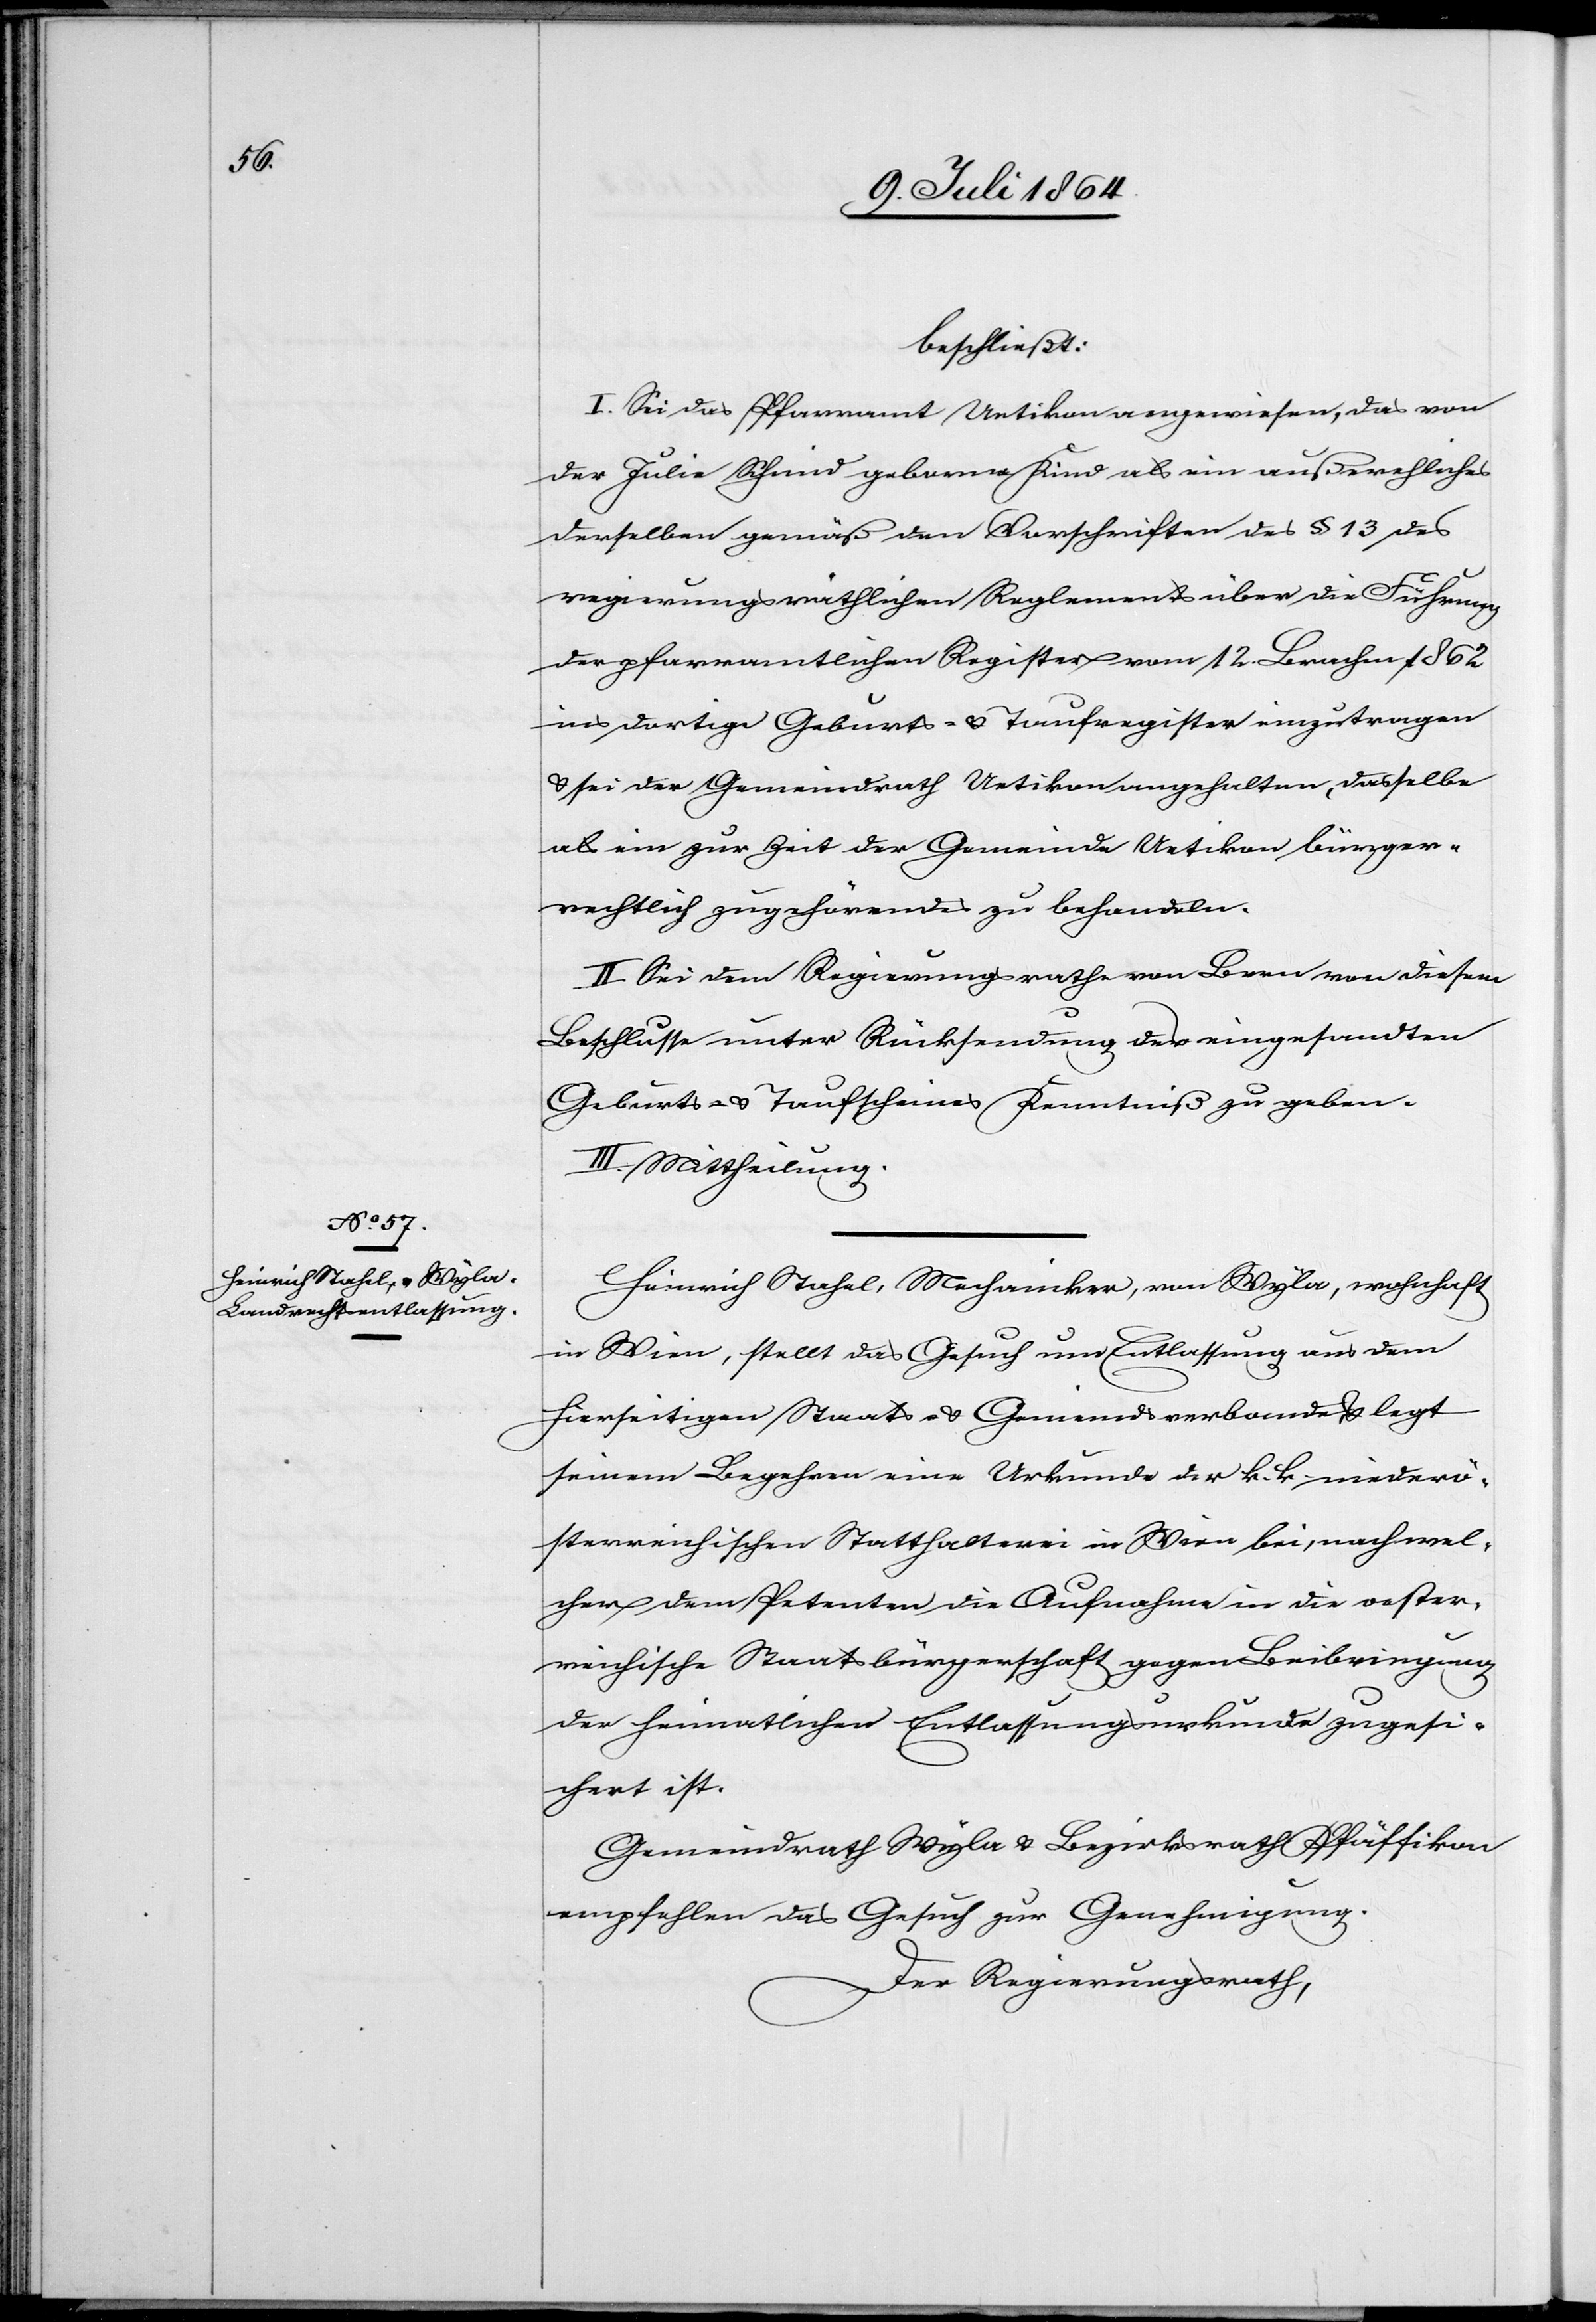
beschließt:
I. Sei das Pfarramt Uetikon angewiesen, das von
der Julie Schmid geborne Kind als ein außereheliches
derselben gemäß den Vorschriften des § 13 des
regierungsräthlichen Reglements über die Führung
der pfarramtlichen Register vom 12. Brachm. 1862
ins dortige Geburts- u. Taufregister einzutragen
u. sei der Gemeindrath Uetikon angehalten, dasselbe
als ein zur Zeit der Gemeinde Uetikon bürger¬
rechtlich zugehörendes zu behandeln.
II. Sei dem Regierungsrathe von Bern von diesem
Beschlusse unter Rücksendung des eingesandten
Geburts- u. Taufscheines Kenntniß zu geben.
III. Mittheilung.
Heinrich Stahel, Mechaniker, von Wyla, wohnhaft
in Wien, stellt das Gesuch um Entlassung aus dem
hierseitigen Staats- u. Gemeindsverbande u. legt
seinem Begehren eine Urkunde der k. k. niederö¬
sterreichischen Statthalterei in Wien bei, nach wel¬
cher dem Petenten die Aufnahme in die oester¬
reichische Staatsbürgerschaft gegen Beibringung
der heimatlichen Entlassungsurkunde zugesi¬
chert ist.
Gemeindrath Wyla u. Bezirksrath Pfäffikon
empfehlen das Gesuch zur Genehmigung.
Der Regierungsrath,